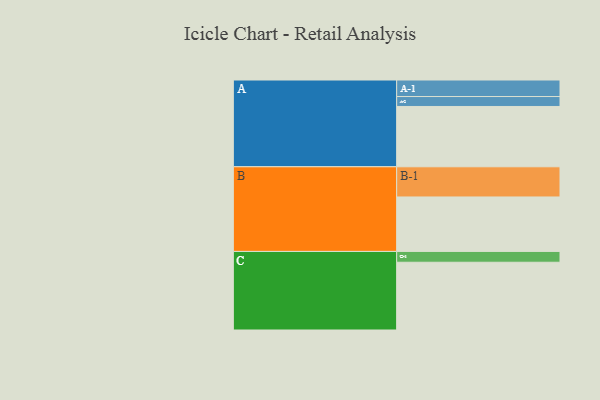
{"axis": {"x": "Segment", "y": "Value"}, "legend": ["", "A", "B", "C"], "data": [{"x": "A", "y": 485, "type": ""}, {"x": "B", "y": 438, "type": ""}, {"x": "C", "y": 545, "type": ""}, {"x": "A-1", "y": 133, "type": "A"}, {"x": "A-2", "y": 80, "type": "A"}, {"x": "B-1", "y": 243, "type": "B"}, {"x": "C-1", "y": 87, "type": "C"}]}